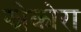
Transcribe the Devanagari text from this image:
झोकोरा